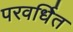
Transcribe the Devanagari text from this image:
परवर्धित